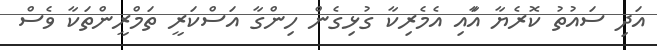
އަދި ސައުތު ކޮރެޔާ އާައި އެމެރިކާ ގުޅިގެން ހިންގާ އަސްކަރީ ތަމްރީންތަކާ ވެސް